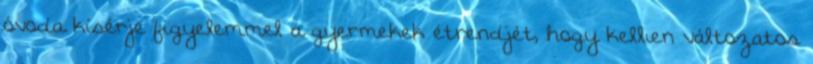
óvoda kísérje figyelemmel a gyermekek étrendjét, hogy kellıen változatos